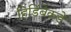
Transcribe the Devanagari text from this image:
हिडिंबेकडे